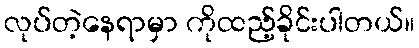
လုပ်တဲ့နေရာမှာ ကိုထည့်ခိုင်းပါတယ်။